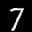
Label: 7